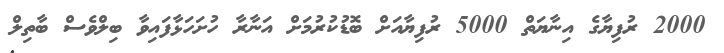
2000 ރުފިޔާގެ އިނާޔަތް 5000 ރުފިޔާއަށް ބޮޑުކުރުމަށް އަނާރާ ހުށަހަޅާފައިވާ ބިލްވެސް ބާތިލް